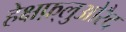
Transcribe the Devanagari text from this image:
हेक्षफ़्लुओरैद